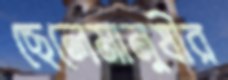
ছেলেমানুষীর